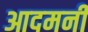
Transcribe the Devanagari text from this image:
आदमनी